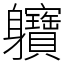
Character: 軉